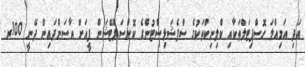
އަދި އަމިއްލަ ހޮސްޕިޓަލްތަކާއި ކްލިނިކްތަކުގެ ސްޕެޝަލިސްޓުންގެ ކޮންސަލްޓޭޝަން ފީއަށް އާސަންދައިން ދޭނީ 100ރ.